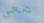
ضعي